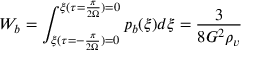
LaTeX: W _ { b } = \int _ { \xi ( \tau = - \frac { \pi } { 2 \Omega } ) = 0 } ^ { \xi ( \tau = \frac { \pi } { 2 \Omega } ) = 0 } p _ { b } ( \xi ) d \xi = \frac { 3 } { 8 G ^ { 2 } \rho _ { v } }